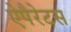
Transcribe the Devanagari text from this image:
ऐपैरेटस